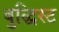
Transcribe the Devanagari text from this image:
बुद्धिस्ट